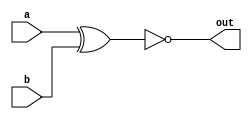
module xnorgate(
  input a,
  input b,
  output out

);

  assign out = ~(a^b);

endmodule